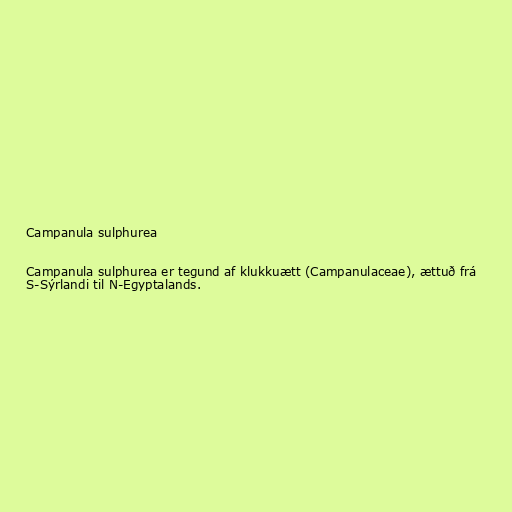
Campanula sulphurea

Campanula sulphurea er tegund af klukkuætt (Campanulaceae), ættuð frá
S-Sýrlandi til N-Egyptalands.